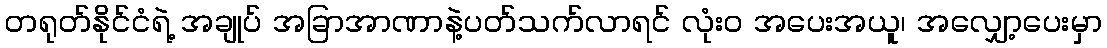
တရုတ်နိုင်ငံရဲ့ အချုပ် အခြာအာဏာနဲ့ပတ်သက်လာရင် လုံးဝ အပေးအယူ၊ အလျှော့ပေးမှာ